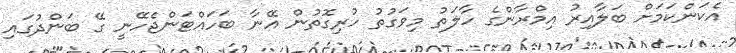
އެކަންކަމަށް ބަލާއިރު އިމްރާންގެ ހާލަތު މިވަގުތު ހުރިގޮތުން އޭނާ ބަހައްޓަންޖެހޭނީ ގޭ ބަންދުގައި